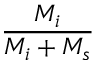
\frac { M _ { i } } { M _ { i } + M _ { s } }